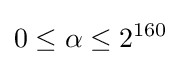
0\leq \alpha \leq 2^{160}